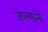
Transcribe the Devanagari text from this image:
तेल्याने